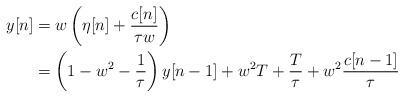
LaTeX: \begin{align*}y[n] &= w \left( \eta[n] + \frac{c[n]}{\tau w} \right) \\ &= \left( 1- w^2 - \frac{1}{\tau} \right)y[n-1] + w^2T + \frac{T}{\tau} + w^2\frac{c[n-1]}{\tau}\end{align*}